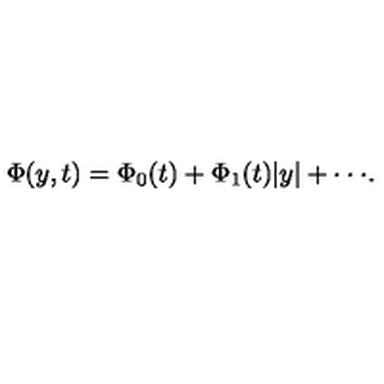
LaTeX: \Phi ( y , t ) = \Phi _ { 0 } ( t ) + \Phi _ { 1 } ( t ) \vert y \vert + \cdot \cdot \cdot .